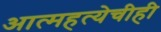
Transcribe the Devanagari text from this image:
आत्महत्येचीही